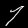
Label: 7